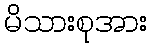
မိသားစုအား